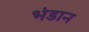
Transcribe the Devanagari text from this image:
भंडान